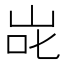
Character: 𭇝